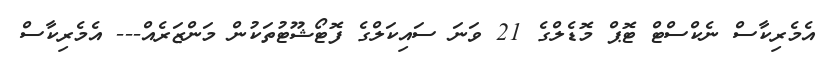
އެމެރިކާސް ނެކްސްޓް ޓޮޕް މޮޑެލްގެ 21 ވަނަ ސައިކަލްގެ ފޮޓޯޝޫޓުތަކުން މަންޒަރެއް--- އެމެރިކާސް